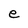
Character: e